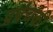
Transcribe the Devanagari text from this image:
प्रपंचकी